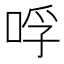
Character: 哹